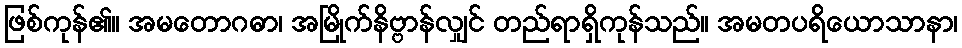
ဖြစ်ကုန်၏။ အမတောဂဓာ၊ အမြိုက်နိဗ္ဗာန်လျှင် တည်ရာရှိကုန်သည်။ အမတပရိယောသာနာ၊